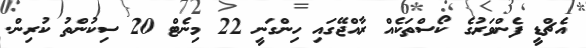
އެޗްޑީ ފެންވަރުގެ ކޯސްތަކެއް ރާއްޖޭގައި ހިންގަނީ 22 މިނެޓް 20 ސިކުންތު ކުރިން.